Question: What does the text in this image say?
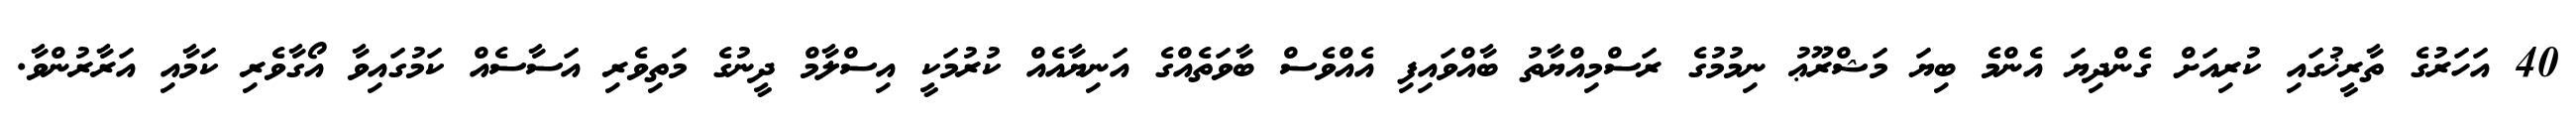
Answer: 40 އަހަރުގެ ތާރީޚުގައި ކުރިއަށް ގެންދިޔަ އެންމެ ބިޔަ މަޝްރޫޢު ނިމުމުގެ ރަސްމިއްޔާތު ބާއްވައިފި އެއްވެސް ބާވަތެއްގެ އަނިޔާއެއް ކުރުމަކީ އިސްލާމް ދީނުގެ މަތިވެރި އަސާސެއް ކަމުގައިވާ އޯގާވެރި ކަމާއި އަރާރުންވާ.